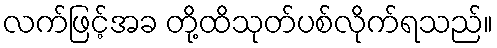
လက်ဖြင့်အခ တို့ထိသုတ်ပစ်လိုက်ရသည်။